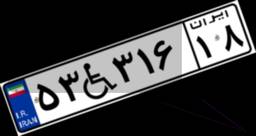
۵۳W۳۱۶۱۸